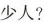
少人?